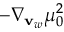
- \nabla _ { \mathbf { v } _ { w } } \mu _ { 0 } ^ { 2 }